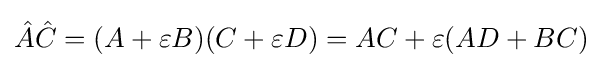
{\hat {A}}{\hat {C}}=(A+\varepsilon B)(C+\varepsilon D)=AC+\varepsilon (AD+BC)